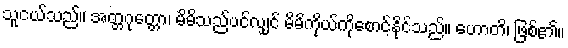
သူငယ်သည်။ အတ္တဂုတ္တော၊ မိမိသည်ပင်လျှင် မိမိကိုယ်ကိုစောင့်နိုင်သည်။ ဟောတိ၊ ဖြစ်၏။